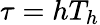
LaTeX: \tau=hT_{h}